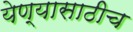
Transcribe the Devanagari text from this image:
येण्यासाठीच